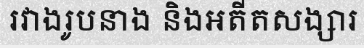
រវាងរូបនាង និងអតីតសង្សារ